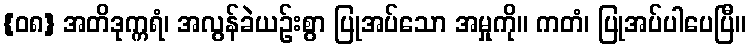
{၀၈} အတိဒုက္ကရံ၊ အလွန်ခဲယဉ်းစွာ ပြုအပ်သော အမှုကို။ ကတံ၊ ပြုအပ်ပါပေပြီ။